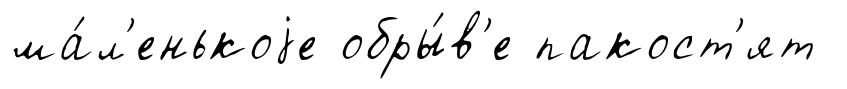
ма́л'енькоjе обры́в'е пакост'ят